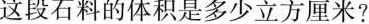
这段石料的体积是多少立方厘米?